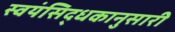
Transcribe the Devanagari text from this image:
स्वयंसिद्धकानुसारी